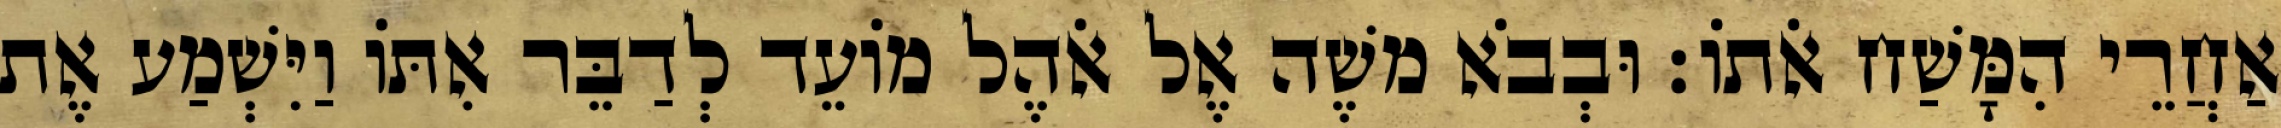
אַחֲרֵי הִמָּשַׁח אֹתוֹ׃ וּבְבֹא משֶׁה אֶל אֹהֶל מוֹעֵד לְדַבֵּר אִתּוֹ וַיִּשְׁמַע אֶת